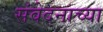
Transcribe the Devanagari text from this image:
संवेदनाच्या